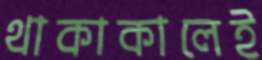
থাকাকালেই